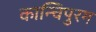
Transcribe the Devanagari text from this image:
कान्चिपुरम